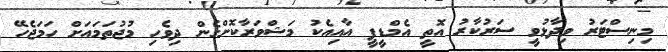
މިނިސްޓަރު ވިދާޅުވީ ސަރުކާރު އޮތީ އެމްޑީޕީ އާއިއެކު މަޝްވަރާކޮށްގެން ދިވެހި މުޖުތަމައަށް ހަމަޖެހޭ